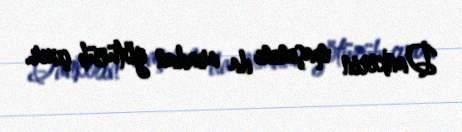
Dankerin maşınını da aradan götürüb çıxır.